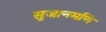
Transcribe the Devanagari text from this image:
सुजानमणि